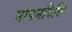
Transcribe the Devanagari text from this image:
मापनविधि